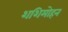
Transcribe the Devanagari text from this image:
शशिमोहन